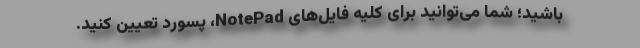
باشید؛ شما می‌توانید برای کلیه فایل‌های NotePad، پسورد تعیین کنید.